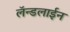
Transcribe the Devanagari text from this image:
लॅन्डलाईन